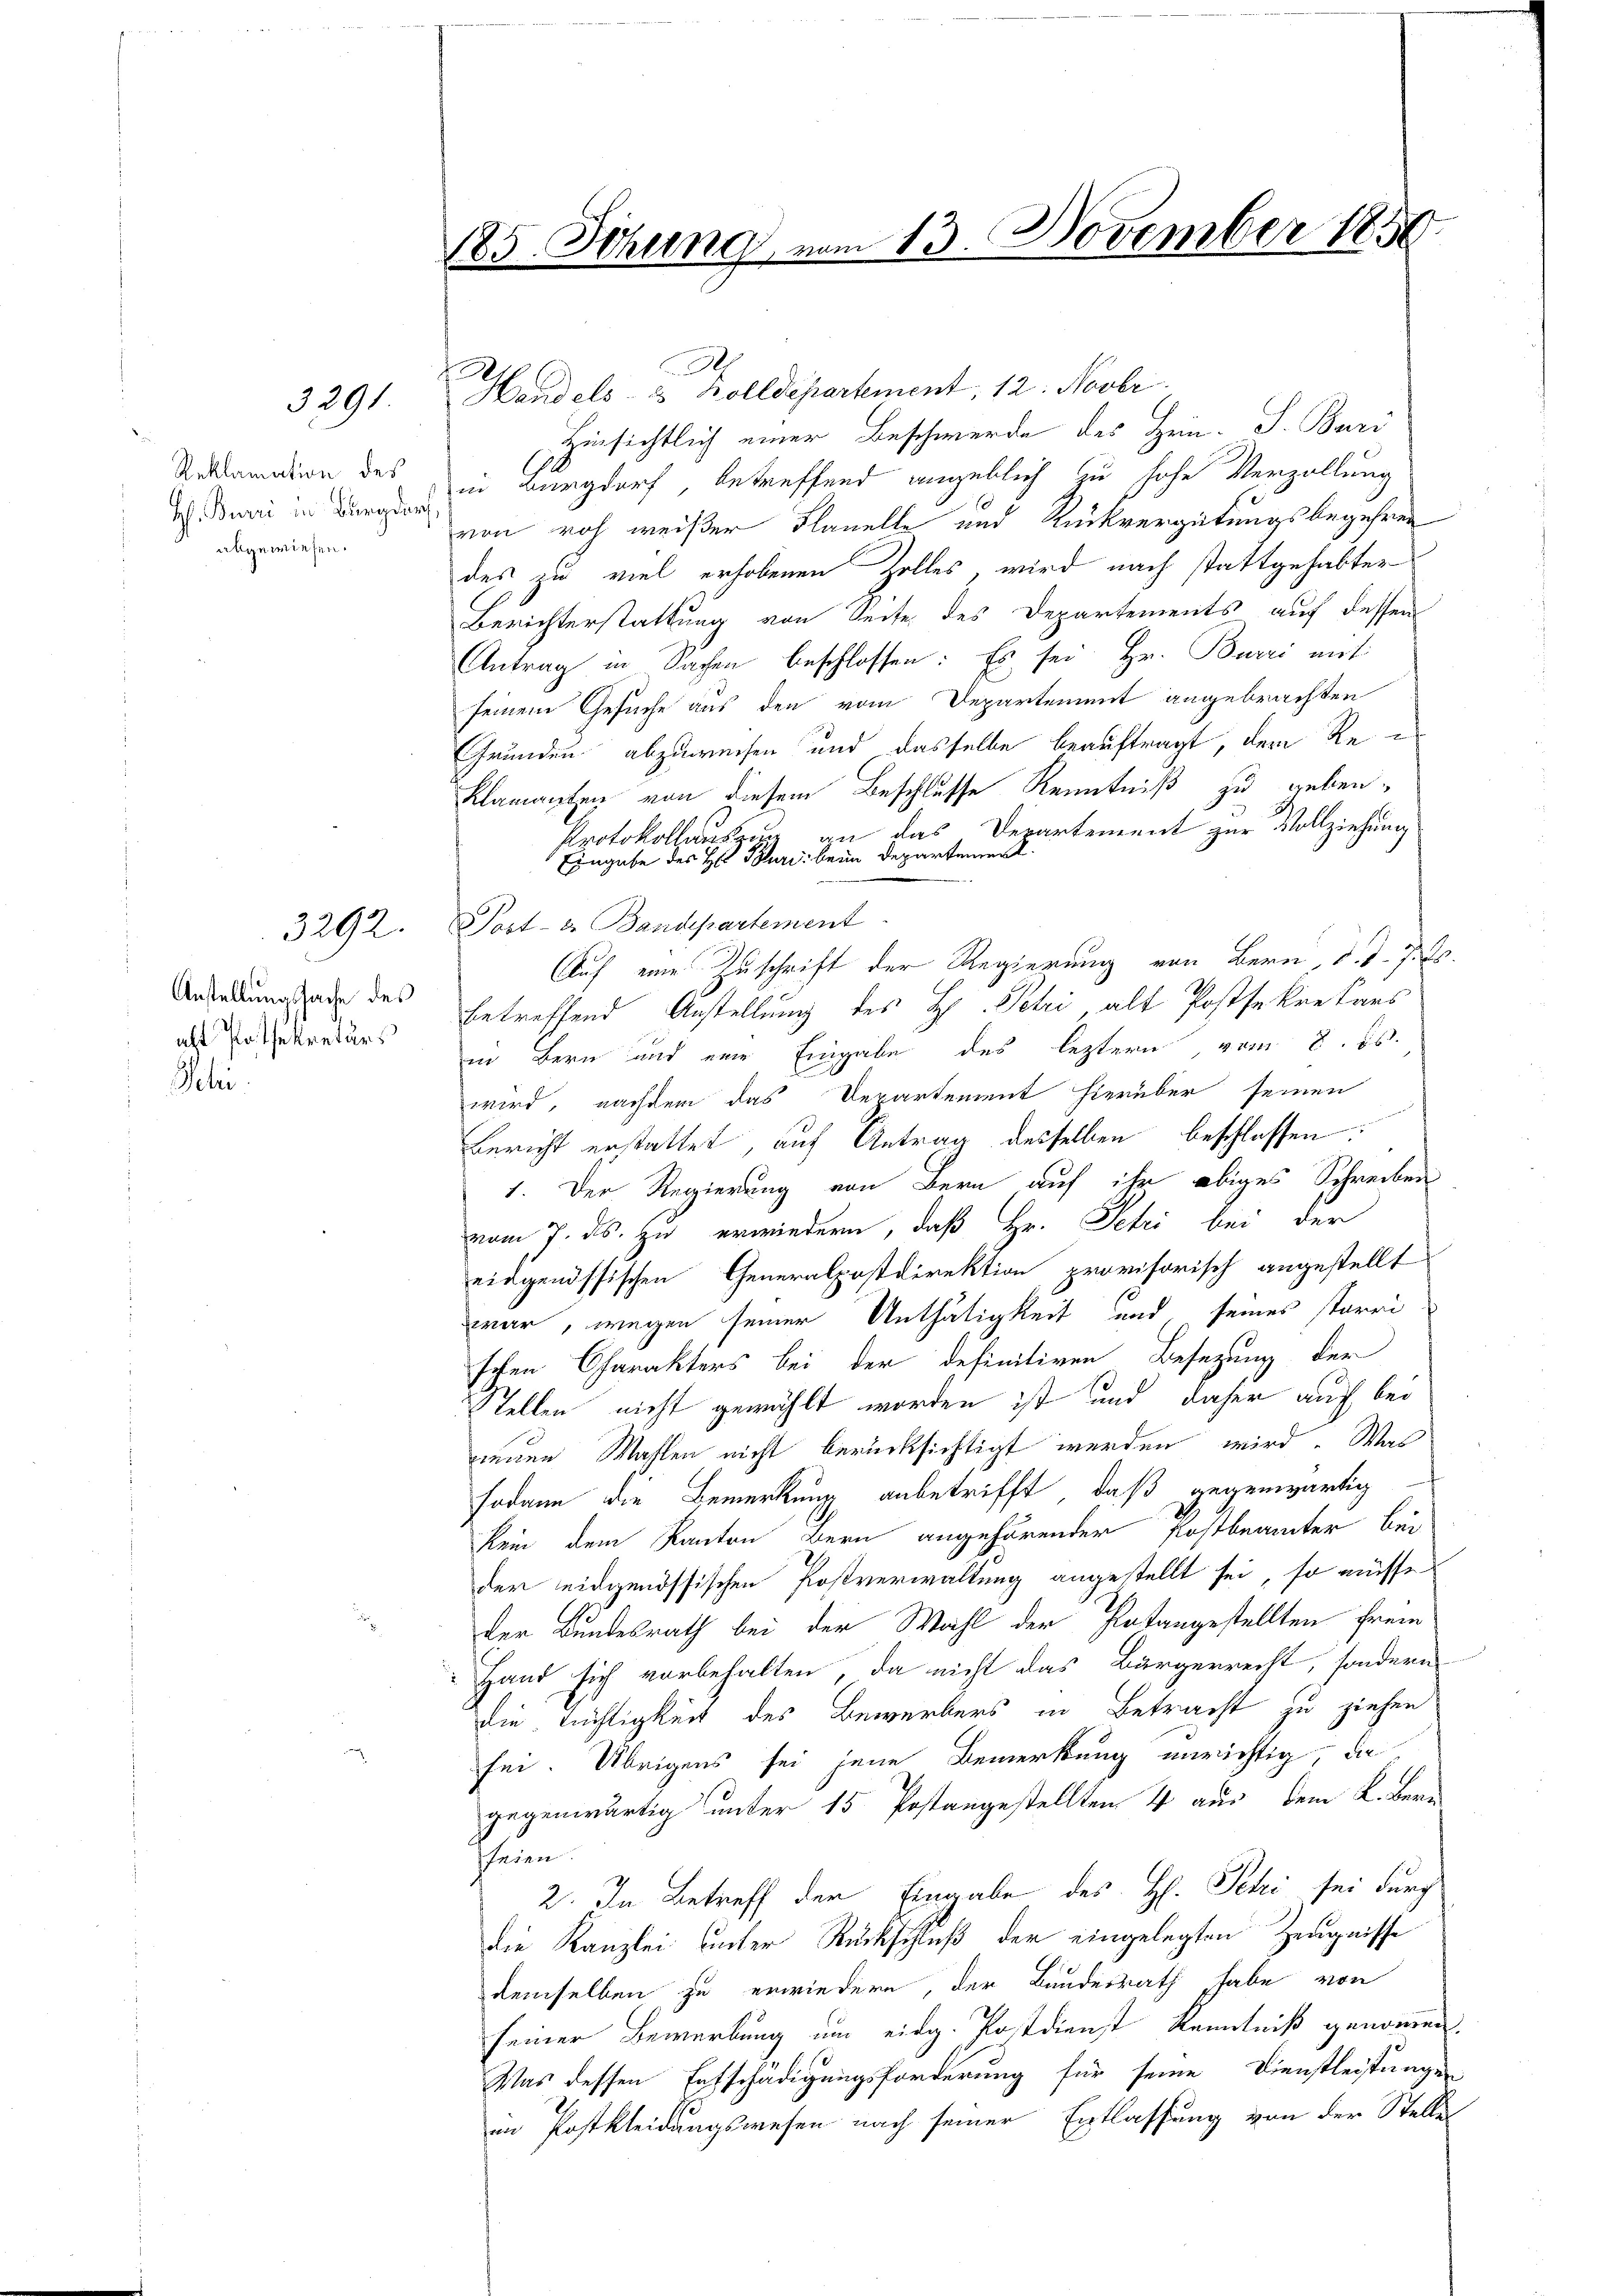
Schi

3291

Reklamation des
H. Burri in Burgdorf
abgewiesen.

Anstellungssache des
alt Passekretärs

3292.

185. Sitzung, von

13. November 1850.

e
Handels- & Zolldepartement, 12. Novbr.
Hinsichtlich einer Beschwerde des Hein. S. Buri
in Burgdorf betreffend angeblich zu hohe Verzöllung
von roh weißer Flanelle und Rückvergütungsbegehren
des zu viel erhobenen Zolles, wird nach stattgehabter
Berichterstattung von Seite des Departements auf dessen
Antrag in Sachen beschlossen: Es sei Hr. Burri auf
seinem Gesuche aus den vom Departement angebrachten
Grunden abzuweisen und dasselbe beauftragt, dem Reklamanten von diesem Beschlusse Kenntniß zu geben.
Protokollauszug an das Departement zur Vollziehung
Eingabe des H. Pluri beim Departement
Post- u. Bandepartement
Auf eine Zuschrift der Regierung von Bern, d. d. 7. ds.
betreffend Anstellung des H. Petri alt Postsekretans
in Bern und eine Eingabe des leztern vom 8. ds.
wird, nachdem das Departement hierüber seinen
Bericht erstattet, auf Antrag desselben beschlossen:
1. Der Regierung von Bern auf ihr obiges Schreiben
vom 7. ds. zu erwiedern, daß Hr. Petri bei der
eidgenössischen Generalpostdirektion provisorisch angestellt
war, wegen seiner Unthätigkeit und seines starri
schen Charakters bei der definitiven Besetzung der
Stellen nicht gewählt worden ist und daher auch bei
neuen Wahlen nicht berücksichtigt werden wird. Was
sodann die Bemerkung anbetrifft, daß gegenwärtig
kein dem Kanton Bern angehörender Postbeamter bei
der eidgenössischen Postverwaltung angestellt sei, so müsse
der Bundesrath bei der Wahl der Patangestellten frem
Hand sich vorbehalten, da nicht das Bürgerrecht, sondern
die Tüchtigkeit des Bewerkers in Betracht zu ziehen
sei. Übrigens sei jene Bemerkung unrichtig da
gegenwärtig unter 15 Pestangestellten 4 aus dem K. Bern
sfeien.
2. In Betreff der Eingabe des H. Schi sei durch
die Kanzlei unter Rückschluß der eingelegten Zeugnisse
demselben zu erwiedern, der Bundesrath habe von
seiner Bewerbung um eidg. Postdienst Kenntniß genommen.
Was dessen Entschädigungsforderung für seine Dienstleistungen
in Postkleidungswesen nach seiner Entlassung von der Stelle